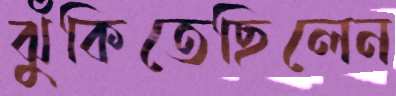
ঝুঁকিতেছিলেন